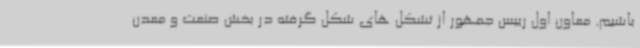
باشیم. معاون اول رییس جمهور از تشکل های شکل گرفته در بخش صنعت و معدن